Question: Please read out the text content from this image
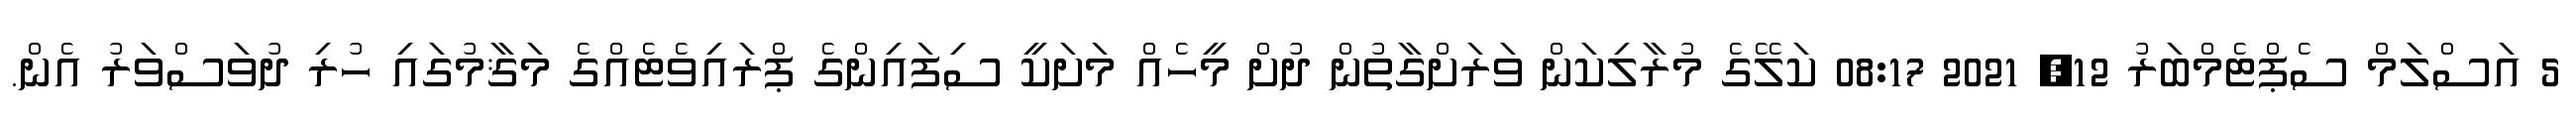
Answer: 5 އަސްލަމް ސެޕްޓެމްބަރު 12, 2021 08:17 ކަލޭގެ މުރާލިކަން ވަރަށްގާތުން ދުށް މީހެއް މަށަކީ ސިފައިންގެ ޕްރައިވެޓެއްގެ މަޤާމުގައި ހުރި ދުވަސްވަރު އެން.